Civil Veterinary Dept. Bombay admin report 1914-1922 - 1914-1922
Year: 1914
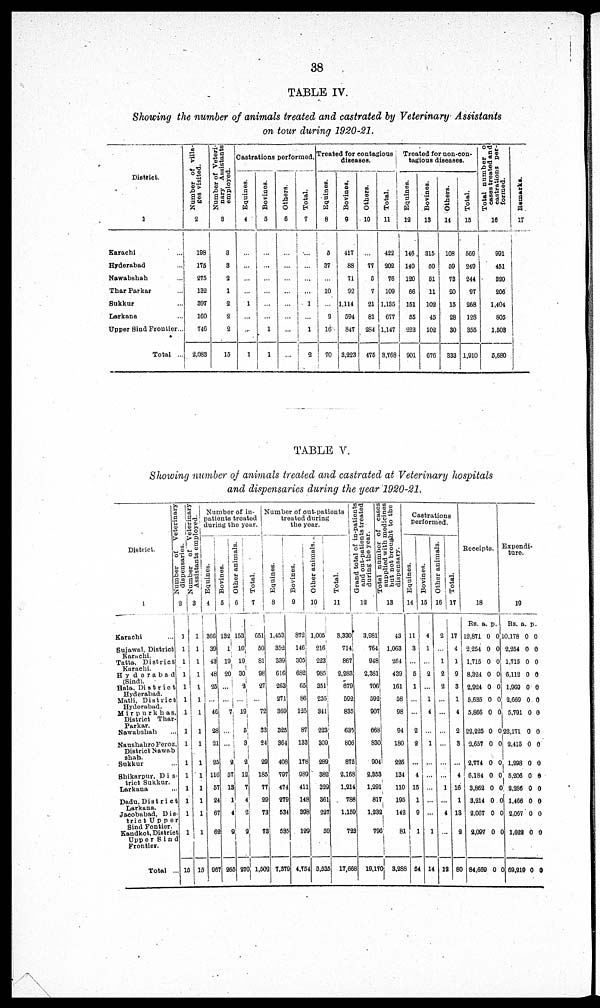
38
TABLE IV.
Showing the number of animals treated and castrated by Veterinary Assistants
on tour during 1920-21.
District.
1
Karachi ...
Hyderabad ...
Nawabshah ...
Thar Parkar ...
Sukkur ...
Larkana ...
Uppor Sind Frontier..
Total ..
Number of villa-
ges visited.
2
198
175
275
132
397
160
746
2,083
Number of Veteri-
nary Assistants
employed.
3
3
3
2
1
2
2
2
15
Castrations performed.
Equines.
4
...
...
...
...
1
...
...
1
Bovines.
3
...
...
...
...
...
...
1
1
Others.
6
...
...
...
...
...
...
...
...
Total.
7
...
...
...
...
1
...
1
2
Treated for contagious
diseases.
Equines.
8
5
37
...
10
...
2
16
70
Bovines.
9
417
83
71
92
1,114
594
847
3,223
Others.
10
...
77
5
7
21
81
284
475
Total.
11
422
202
76
109
1,135
677
1,147
3,768
Troated for non-con-
tagious diseases.
Equines.
12
146
140
120
66
151
55
223
901
Bovines.
13
315
60
61
11
102
45
102
676
Others.
14
108
59
73
20
15
28
30
333
Total.
15
569
249
244
97
268
128
355
1,910
Total number
cases treated and
castrations per-
formed.
16
991
451
820
206
1,404
805
1,503
5,680
Remarks.
17
TABLE V.
Showing number of animals treated and castrated at Veterinary hospitals
and dispensaries during the year 1920-21.
District.
Karachi
Sujawal District
Karachi.
Tatta, District
Karachi.
Hyderabod
(Sind).
Hala. District
Hyderabad.
Matli, District
Hyderabad.
Mirpurkhas.
District Thar-
Parkar.
Nawabshah
Naushahro Feroz
District Nawab
shah.
Sukkur ...
Shikarpur, Dis
trict Sukkur.
Larkana ...
Dadu, District
Larkana.
Jacobabad, Dis
trict Upper
Sind Fontier
Kandkot. District
Upper
Sind
Frontier.
Total ...
Number of Veterinary Number of Vererinary
dispensaries. Assistants employed.
2 3
1 1
1 1
1 1
1 1
1 1
1 1
1
1
1
1 1
1
1
1
1 1
1 1
16
1
1
1
1
1
1
15
Equines
4
366
39
43
48
25
46j
28
21
25
116
57
24
67
62
967
Number of in-
patients treated
during the year.
Bovines. Other animals
5
6
132
1
19
20
7
2
57
13
1
4
9
265
Total.
7
53
651
10 50
19
81
30
98
3
27
... ...
19 72
5
33
3
24
2
29
12
185
7
77
4
29
2 73
2
73
270
1,502
Number of out-pationts
treated during
the year.
Equines.
8
1,453
352
339
616
263
271
369
325
364
408
797
474
279
534
535
7.379
Bovines.
9
872
146:
305
6S2
05
86
125
87
133
178
989
411
148
398
12S
4,754
other animals..
10
1,005
216
223
985
351
235
341
223
300
289
382
329
361
227
59
5,535
C
Total.
11
3,330
714
867
2,283
679
593
835
635
806
875
2.168
1,214
788
1,159
723
17,668
Grand total of in-patients
and out-patients treated
during the year.
12
3,98
76
94
2,381
7C
51
907
668
830
9
2,353
1,2
817
1,232
19,170
Total number of cases
supplied with medicines
but not brought to the
dispensar.
13
43
1,063
264
439
161
58
)7|
98
94
180
O4
226
53
134
91
110
17
195
32
142
796 81
170
3,288
Castrations
Derformed.
Equines.
14
11
3
...
5
1
...
...
2
...
4
15
1
9
1
54
Bovines.
15
4
1
...
2
...
1
4
...
1
...
...
...
...
...
1
14
Other animals
16
2
...
1
2
2
...
...
...
...
...
...
1
...
4
...
19
Total.
17
17
4
1
9
3
1
4
2
3
...
4
16
1
13
2
80
Receipts.
18
RS. a. p.
12,871 0 0 1
2,254 0 0
1,715 0 0
8,321 0 0
2,924 0 0
5,635 0 0
5,866 0 0
22,225 0 0
2,657 0 0
2,774 0 0
6,184 0 0
3,862 0 0
3,214 0 0
2,067 0 0
2,097 0 0
84,669 0 0
Expendi-
ture
19
Rs. a. p.
0.178 0 0
2.254 0 0
1,715 0 0
6,112 0 0
1,969 0 0
2,669 0 0
5,791 0 0
22,171 0 0
2,415 0 0
1,298 0 0
5,206 0 6
2,286 0 0
1,466 0 0
2,067 0 0
1,629 0 0
69,219 0 0